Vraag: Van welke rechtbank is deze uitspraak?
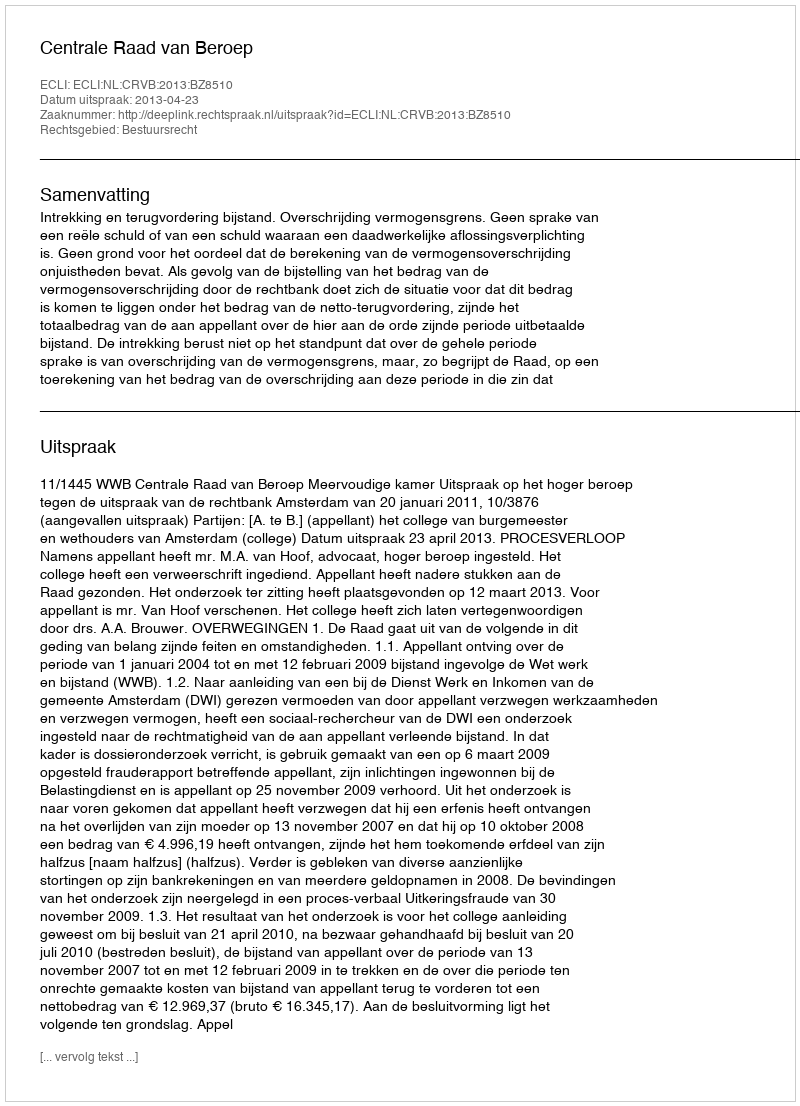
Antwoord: Centrale Raad van Beroep